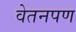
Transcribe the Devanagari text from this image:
वेतनपण